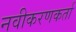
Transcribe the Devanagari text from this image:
नवीकरणकर्ता